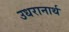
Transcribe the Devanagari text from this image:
उधरानार्थ